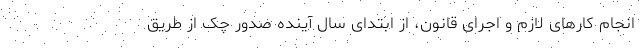
انجام کارهای لازم و اجرای قانون، از ابتدای سال آینده صدور چک از طریق